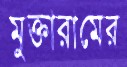
মুক্তারামের